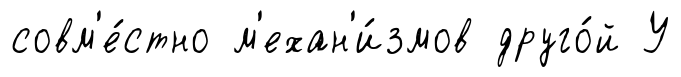
совм'е́стно м'ехан'и́змов друго́й У